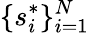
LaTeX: \{ s_{i}^{*}\} _{i=1}^{N}